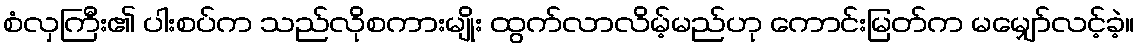
စံလှကြီး၏ ပါးစပ်က သည်လိုစကားမျိုး ထွက်လာလိမ့်မည်ဟု ကောင်းမြတ်က မမျှော်လင့်ခဲ့။